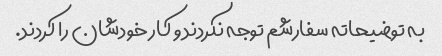
به توضیحاته سفارشم توجه نکردند و کار خودشان را کردند.